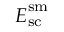
\boldsymbol { E } _ { \mathrm { s c } } ^ { \mathrm { s m } }